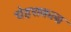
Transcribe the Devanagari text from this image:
चेहराकला